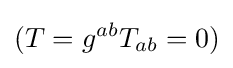
(T=g^{ab}T_{ab}=0)